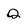
Character: Q